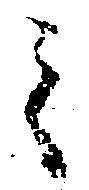
之